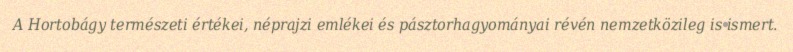
A Hortobágy természeti értékei, néprajzi emlékei és pásztorhagyományai révén nemzetközileg is ismert.